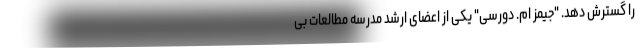
را گسترش دهد. "جیمز ام. دورسی" یکی از اعضای ارشد مدرسه مطالعات بی